Indian journal of veterinary science and animal husbandry - Volumes 15-17, 1948-1951
Year: 1948
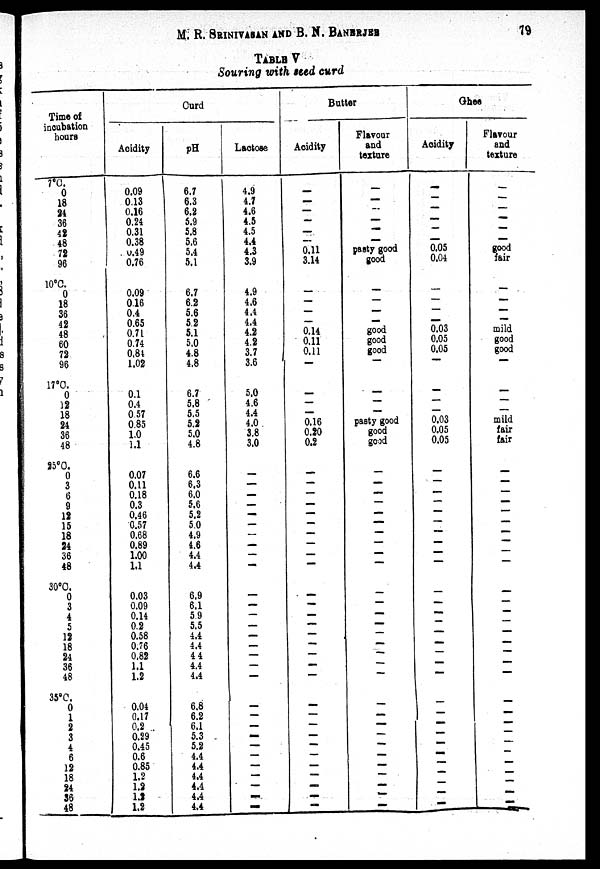
M. R. SRINIVASAN AND B. N. BANERJEE 79
TABLE V
Souring with seed curd
Time of
incubation
hours
7°C.
0
18
24
36
42
48
72
96
10°C.
0
18
36
42
48
60
72
96
17°C.
0
12
18
24
36
48
25°C.
0
3
6
9
12
15
18
24
36
48
30°C.
0
3
4
5
12
18
24
36
48
35°C.
0
1
2
3
4
6
12
18
24
36
48
Curd
Acidity
0.09
0.13
0.16
0.24
0.31
0.38
0.49
0.76
0.09
0.16
0.4
0.65
0.71
0.74
0.84
1.02
0.1
0.4
057
0.85
1.0
1.1
0.07
0.11
0.18
0.3
0.46
0.57
0.68
0.89
1.00
1.1
0.03
0.09
0.14
0.2
0.58
0.76
0.82
1.1
1.2
0.04
0.17
0.2
0.29
0.45
0.6
0.85
1.2
1.2
1.2
1.2
pH
6.7
6.3
6.2
5.9
5.8
5.6
5.4
5.1
6.7
6.2
5.6
52
5.1
5.0
4.8
4.8
6.7
5.8
5.5
5.2
5.0
4.8
6.6
6.3
6.0
5.6
5.2
5.0
4.9
4.6
4.4
4.4
6.9
6.1
5.9
5.5
4.4
4.4
4.4
4.4
4.4
6.8
6.2
6.1
5.3
5.2
4.4
4.4
4.4
4.4
4.4
4.4
Laotose
4.9
4.7
4.6
4.5
4.5
4.4
4.3
3.9
4.9
4.6
4.4
4.4
4.2
4.2
3.7
3.6
5.0
4.6
4.4
4.0
3.8
3.0
—
—
—
—
—
—
—
—
—
—
—
—
—
—
—
—
—
—
—
—
—
—
—
—
—
—
—
—
—
—
Butter
Acidity
—
—
—
—
—
—
0.11
3.14
—
—
—
—
0.14
0.11
0.11
—
—
—
—
0.16
0.20
0.2
—
—
—
—
—
—
—
—
—
—
—
—
—
—
—
—
—
—
—
—
—
—
—
—
—
—
—
—
—
—
Flavour
and
texture
—
—
—
—
—
—
pasty good
good
—
—
—
—
good
good
good
—
—
—
pasty good
good
good
—
—
—
—
—
—
—
—
—
—
—
—
—
—
—
—
—
—
—
—
—
—
—
—
—
—
—
—
—
—
Ghee
Acidity
—
—
—
—
—
—
0.05
0.04
—
—
—
—
0.03
0.05
0.05
—
—
—
—
0.03
0.05
0.05
—
—
—
—
—
—
—
—
—
—
—
—
—
—
—
—
—
—
—
—
— —
—
—
—
—
—
—
—
—
Flavour
and
texture
—
—
—
—
—
—
good
fair
—
—
—
mild
good
good
—
—
—
—
mild
fair
fair
—
—
—
—
—
—
—
—
—
—
—
—
—
—
—
—
—
—
—
—
—
—
—
—
—
—
—
—
—
—